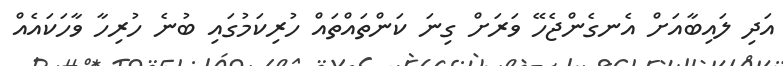
އަދި ލައިބާއަށް އެނގެންޖެހޭ ވަރަށް ގިނަ ކަންތައްތައް ހުރިކަމުގައި ބުނެ ހުރިހާ ވާހަކައެއް